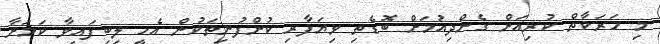
މި ހަރަކާތް ކުރިއަށް ގެންދިއުމަށް ބޮޑެތި ވިޔަފާރި ކުންފުނިތަކުން އެހީ ލިބިފައިވާ ކަމަށާ